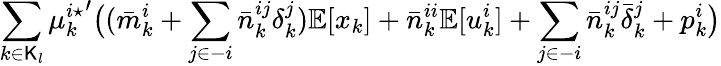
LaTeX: \sum_{k\in\mathsf{K}_{l}}{\mu_{k}^{i\star}}^{\prime}\big((\bar{m}_{k}^{i}+\sum_{j\in-i}\bar{n}_{k}^{ij}\delta_{k}^{j})\mathbb{E}[x_{k}]+\bar{n}_{k}^{ii}\mathbb{E}[u_{k}^{i}]+\sum_{j\in-i}\bar{n}_{k}^{ij}\bar{\delta}_{k}^{j}+p_{k}^{i}\big)